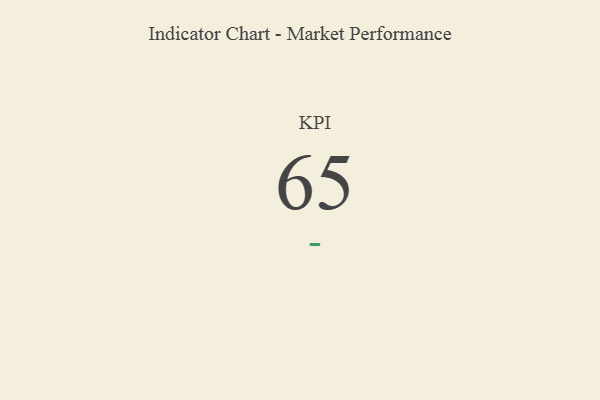
{"axis": {"x": "KPI", "y": "Value"}, "legend": [""], "data": [{"x": "KPI", "y": 65, "type": ""}]}